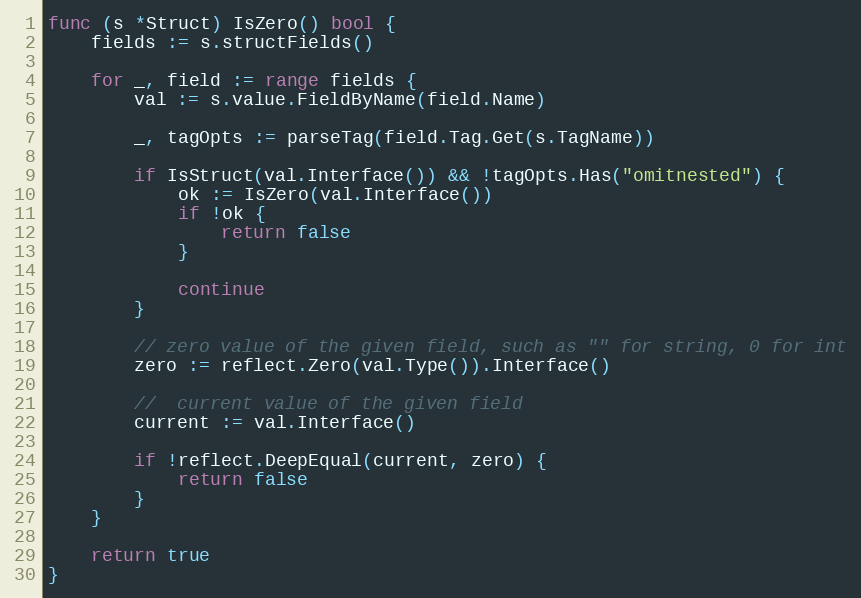
Language: Go
func (s *Struct) IsZero() bool {
	fields := s.structFields()

	for _, field := range fields {
		val := s.value.FieldByName(field.Name)

		_, tagOpts := parseTag(field.Tag.Get(s.TagName))

		if IsStruct(val.Interface()) && !tagOpts.Has("omitnested") {
			ok := IsZero(val.Interface())
			if !ok {
				return false
			}

			continue
		}

		// zero value of the given field, such as "" for string, 0 for int
		zero := reflect.Zero(val.Type()).Interface()

		//  current value of the given field
		current := val.Interface()

		if !reflect.DeepEqual(current, zero) {
			return false
		}
	}

	return true
}